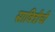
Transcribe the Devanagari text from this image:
सावित्रीची